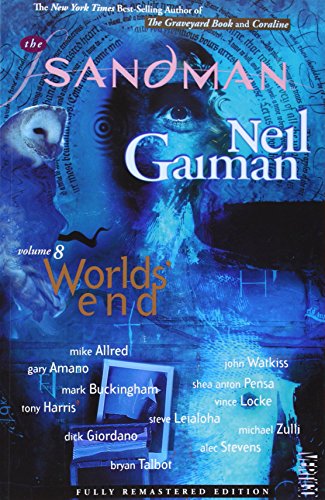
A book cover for The Sandman Vol. 8: World's End; Neil Gaiman; Comics & Graphic Novels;